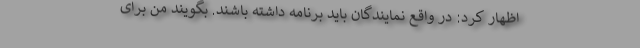
اظهار کرد: در واقع نمایندگان باید برنامه داشته باشند. بگویند من برای